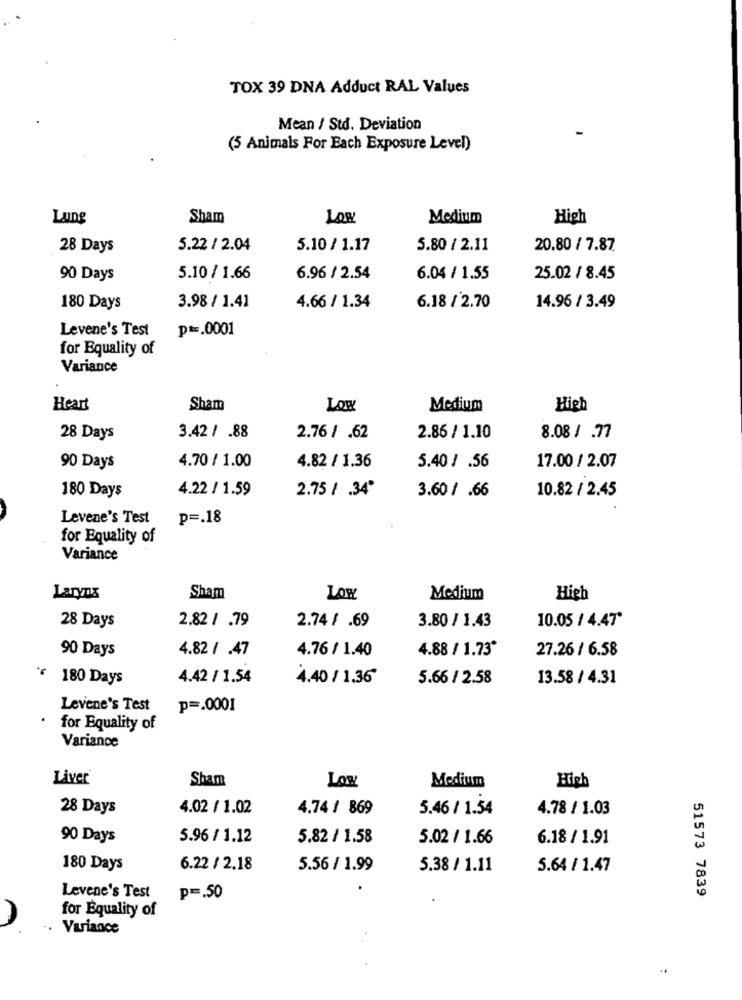
TOX 39 DNA Adduct RAL Values
Mean / Std. Deviation
(5 Animals For Each Exposure Level)
Lung
Sham
LOW
Medium
High
28 Days
5.22 / 2.04
5.10 / 1.17
5.80 / 2.11
20.80 / 7.87
90 Days
5.10 / 1.66
6.96 / 2.54
6.04 / 1.55
25.02 / 8.45
180 Days
3.98 / 1.41
4.66 / 1.34
6.18 / 2.70
14.96 / 3.49
Levene's Test
p ==. 0001
for Equality of
Variance
Heart
Sham
Low
Medium
High
28 Days
3.42 / .88
2.76 / .62
2.86 / 1.10
8.08 / .77
4.70 / 1.00
90 Days
4.82 / 1.36
5.40 / .56
17.00 / 2.07
180 Days
4.22 / 1.59
2.75 / .34"
10.82 / 2.45
3.60 / .66
Levene's Test
p =. 18
for Equality of
Variance
Larynx
Sham
LOW
Medium
High
28 Days
2.82 / .79
2.74 / .69
3.80 / 1.43
10.05 / 4.47'
90 Days
4.82 / .47
4.76 / 1.40
4.88 / 1.73*
27.26 / 6.58
"¥ 180 Days
4.42 / 1.54
4.40 / 1.36
5.66 / 2.58
13.58 / 4.31
Levene's Test
p =. 0001
.
for Equality of
Variance
Liver
Sham
Medium
Low
28 Days
4.02 / 1.02
4.74 / 869
5.46 / 1.54
4.78 / 1.03
90 Days
5.96 / 1.12
5.82 / 1.58
5.02 / 1.66
6.18 / 1.91
180 Days
6.22 / 2.18
5.56 / 1.99
5.38 / 1.11
5.64 / 1.47
Levene's Test
51573 7839
p =. 50
for Equality of
A
Variance
..